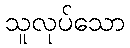
သူလုပ်သော